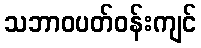
သဘာဝပတ်ဝန်းကျင်